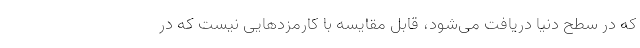
که در سطح دنیا دریافت می‌شود، قابل مقایسه با کارمزدهایی نیست که در